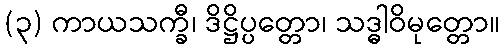
(၃) ကာယသက္ခီ၊ ဒိဋ္ဌိပ္ပတ္တော၊ သဒ္ဓါဝိမုတ္တော။